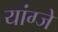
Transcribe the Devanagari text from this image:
यांग्जे